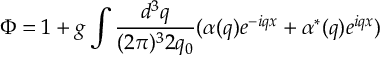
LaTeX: \Phi = 1 + g \int \frac { d ^ { 3 } q } { ( 2 \pi ) ^ { 3 } 2 q _ { 0 } } ( \alpha ( q ) e ^ { - i q x } + \alpha ^ { * } ( q ) e ^ { i q x } )